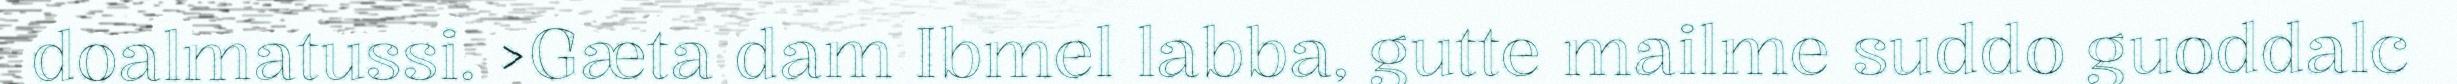
doalmatussi. >Gæta dam Ibmel labba, gutte mailme suddo guoddalc